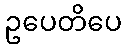
ဥပေတိပေ